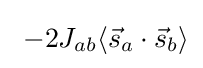
\ -2J_{ab}\langle {\vec {s}}_{a}\cdot {\vec {s}}_{b}\rangle